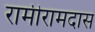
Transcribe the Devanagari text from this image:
रामीरामदास